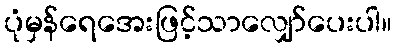
ပုံမှန်ရေအေးဖြင့်သာလျှော်ပေးပါ။